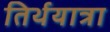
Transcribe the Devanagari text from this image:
तिर्थयात्रा